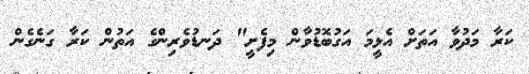
ކަރާ މަދުވާ އަތަށް އެޅީމަ އަގުބޮޑުވާން މިފެށީ" ދަނޑުވެރިންގެ އަތުން ކަރާ ގަނެގެން